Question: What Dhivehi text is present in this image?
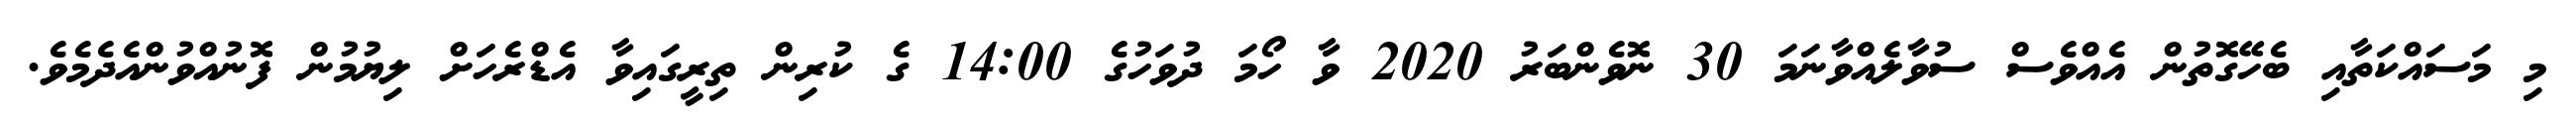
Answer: މި މަސައްކަތާއި ބެހޭގޮތުން އެއްވެސް ސުވާލެއްވާނަމަ 30 ނޮވެންބަރު 2020 ވާ ހޯމަ ދުވަހުގެ 14:00 ގެ ކުރިން ތިރީގައިވާ އެޑްރެހަށް ލިޔުމުން ފޮނުއްވުންއެދެމެވެ.